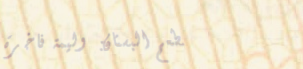
مطعم البستان: وليمة فاخرة